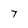
Character: 7